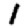
Digit: 1